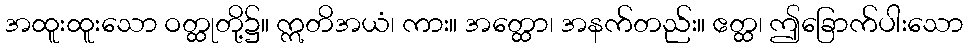
အထူးထူးသော ဝတ္ထုတို့၌။ ဣတိအယံ၊ ကား။ အတ္ထော၊ အနက်တည်း။ ဧတ္ထ၊ ဤခြောက်ပါးသော